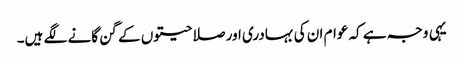
یہی وجہ ہے کہ عوام ان کی بہادری اور صلاحیتوں کے گن گانے لگے ہیں۔